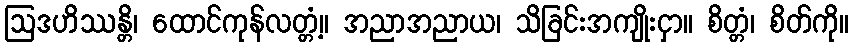
ဩဒဟိဿန္တိ၊ ထောင်ကုန်လတ္တံ့။ အညာအညာယ၊ သိခြင်းအကျိုးငှာ။ စိတ္တံ၊ စိတ်ကို။